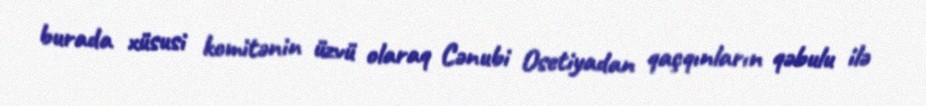
burada xüsusi komitənin üzvü olaraq Cənubi Osetiyadan qaçqınların qəbulu ilə